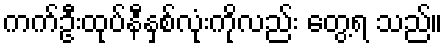
ကက်ဦးထုပ်နီနှစ်လုံးကိုလည်း တွေ့ရ သည်။